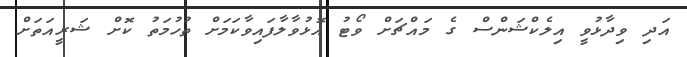
އަދި ވިދާޅުވީ އިލެކްޝަންސް ގެ މައްޗަށް ވޯޓު އޮޅުވާލާފައިވާކަމަށް ތުހުމަތު ކޮށް ޝަރީއަތަށް